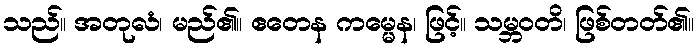
သည်။ အတုလံ၊ မည်၏။ ဧတေန ကမ္မေန၊ ဖြင့်။ သမ္ဘဝတိ၊ ဖြစ်တတ်၏။